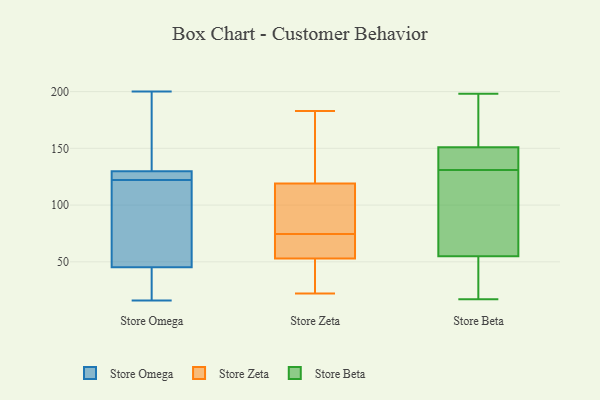
{"axis": {"x": "Inventory Turnover", "y": "Value"}, "legend": ["Store Beta", "Store Omega", "Store Zeta"], "data": [{"x": "", "y": 200, "type": "Store Omega"}, {"x": "", "y": 20, "type": "Store Omega"}, {"x": "", "y": 126, "type": "Store Omega"}, {"x": "", "y": 122, "type": "Store Omega"}, {"x": "", "y": 46, "type": "Store Omega"}, {"x": "", "y": 98, "type": "Store Omega"}, {"x": "", "y": 43, "type": "Store Omega"}, {"x": "", "y": 128, "type": "Store Omega"}, {"x": "", "y": 16, "type": "Store Omega"}, {"x": "", "y": 94, "type": "Store Omega"}, {"x": "", "y": 135, "type": "Store Omega"}, {"x": "", "y": 124, "type": "Store Omega"}, {"x": "", "y": 191, "type": "Store Omega"}, {"x": "", "y": 183, "type": "Store Zeta"}, {"x": "", "y": 177, "type": "Store Zeta"}, {"x": "", "y": 85, "type": "Store Zeta"}, {"x": "", "y": 53, "type": "Store Zeta"}, {"x": "", "y": 35, "type": "Store Zeta"}, {"x": "", "y": 91, "type": "Store Zeta"}, {"x": "", "y": 113, "type": "Store Zeta"}, {"x": "", "y": 119, "type": "Store Zeta"}, {"x": "", "y": 26, "type": "Store Zeta"}, {"x": "", "y": 73, "type": "Store Zeta"}, {"x": "", "y": 56, "type": "Store Zeta"}, {"x": "", "y": 67, "type": "Store Zeta"}, {"x": "", "y": 155, "type": "Store Zeta"}, {"x": "", "y": 76, "type": "Store Zeta"}, {"x": "", "y": 23, "type": "Store Zeta"}, {"x": "", "y": 152, "type": "Store Zeta"}, {"x": "", "y": 22, "type": "Store Zeta"}, {"x": "", "y": 66, "type": "Store Zeta"}, {"x": "", "y": 132, "type": "Store Beta"}, {"x": "", "y": 131, "type": "Store Beta"}, {"x": "", "y": 17, "type": "Store Beta"}, {"x": "", "y": 142, "type": "Store Beta"}, {"x": "", "y": 176, "type": "Store Beta"}, {"x": "", "y": 134, "type": "Store Beta"}, {"x": "", "y": 131, "type": "Store Beta"}, {"x": "", "y": 128, "type": "Store Beta"}, {"x": "", "y": 72, "type": "Store Beta"}, {"x": "", "y": 154, "type": "Store Beta"}, {"x": "", "y": 30, "type": "Store Beta"}, {"x": "", "y": 163, "type": "Store Beta"}, {"x": "", "y": 87, "type": "Store Beta"}, {"x": "", "y": 50, "type": "Store Beta"}, {"x": "", "y": 43, "type": "Store Beta"}, {"x": "", "y": 70, "type": "Store Beta"}, {"x": "", "y": 179, "type": "Store Beta"}, {"x": "", "y": 45, "type": "Store Beta"}, {"x": "", "y": 198, "type": "Store Beta"}]}